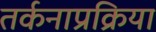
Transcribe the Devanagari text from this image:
तर्कनाप्रक्रिया